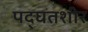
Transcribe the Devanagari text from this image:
पद्घतशीर